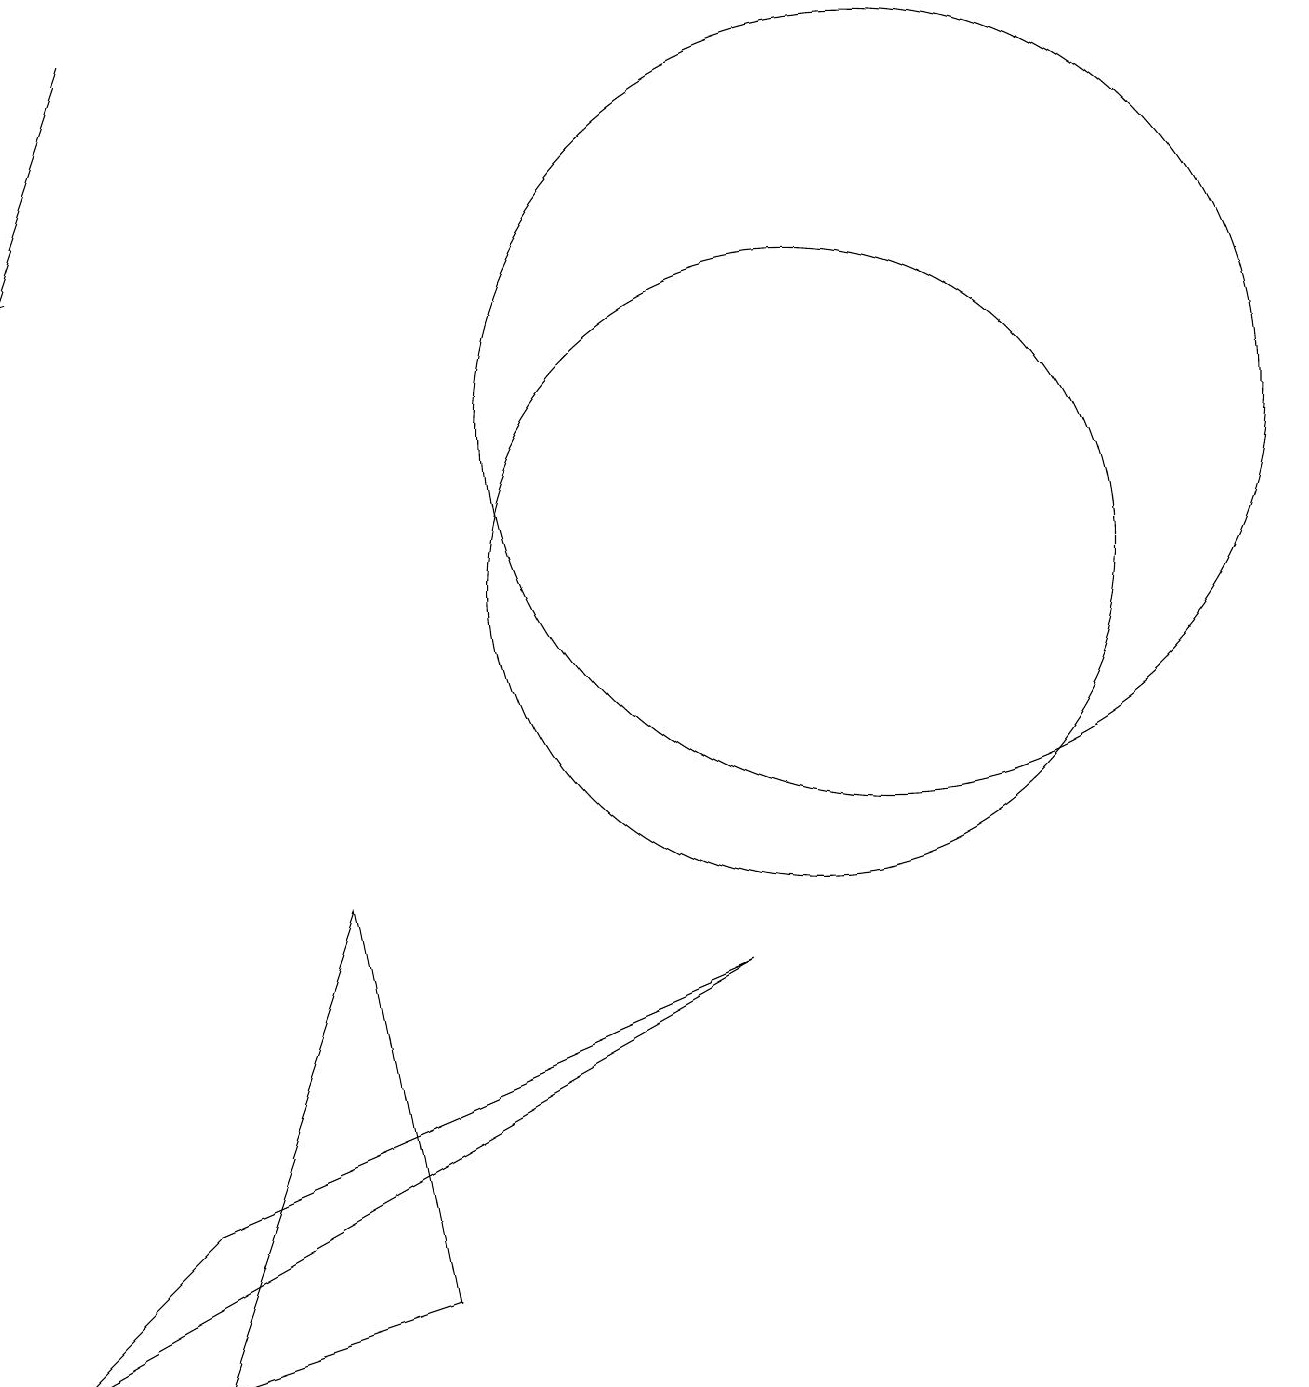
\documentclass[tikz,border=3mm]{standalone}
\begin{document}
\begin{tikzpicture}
\draw[->] (1,17) -- (0,14);
\draw (0,0) -- (2,2) -- (9,5) -- cycle;
\draw (2,0) -- (5,1) -- (4,6) -- cycle;
\draw (11,12) circle (5);
\draw (10,10) circle (4);
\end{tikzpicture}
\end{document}